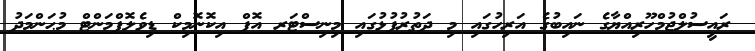
ރައީސުލްޖުމްހޫރިއްޔާގެ ނައިބުގެ އަރިހުގައި މި ދަތުރުފުޅުގައި މިނިސްޓަރ އޮފް އިކޮނޮމިކް ޑިވެލޮޕްމަންޓް މުޙަންމަދު